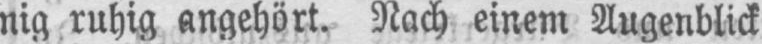
nig ruhig angehört. Nach einem Augenblick